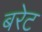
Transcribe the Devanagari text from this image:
बरेट